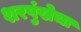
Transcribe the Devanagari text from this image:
शरपुंखेचा